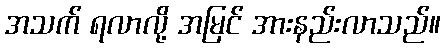
အသက် ရလာလို့ အမြင် အားနည်းလာသည်။